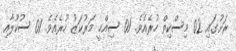
ރަށުގައި 02 މިސްކިތް ހުރެއެވެ. 01 ސިއްޙީ މަރުކަޒު ހުރެއެވެ. 01 ސުކޫލާއި